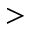
>